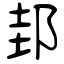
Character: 邽